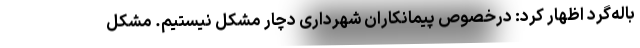
باله‌گرد اظهار کرد: درخصوص پیمانکاران شهرداری دچار مشکل نیستیم. مشکل